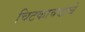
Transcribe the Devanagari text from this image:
चिटकावयाचे